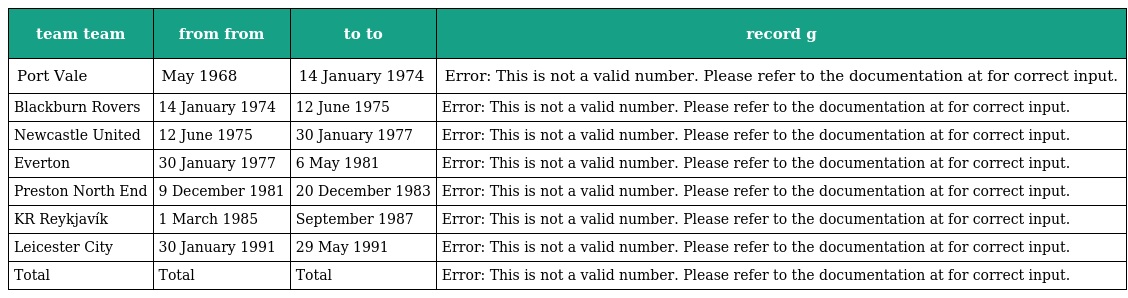
| team team | from from | to to | record g |
 | --- | --- | --- | --- |
 | Port Vale | May 1968 | 14 January 1974 | Error: This is not a valid number. Please refer to the documentation at for correct input. |
 | Blackburn Rovers | 14 January 1974 | 12 June 1975 | Error: This is not a valid number. Please refer to the documentation at for correct input. |
 | Newcastle United | 12 June 1975 | 30 January 1977 | Error: This is not a valid number. Please refer to the documentation at for correct input. |
 | Everton | 30 January 1977 | 6 May 1981 | Error: This is not a valid number. Please refer to the documentation at for correct input. |
 | Preston North End | 9 December 1981 | 20 December 1983 | Error: This is not a valid number. Please refer to the documentation at for correct input. |
 | KR Reykjavík | 1 March 1985 | September 1987 | Error: This is not a valid number. Please refer to the documentation at for correct input. |
 | Leicester City | 30 January 1991 | 29 May 1991 | Error: This is not a valid number. Please refer to the documentation at for correct input. |
 | Total | Total | Total | Error: This is not a valid number. Please refer to the documentation at for correct input. |